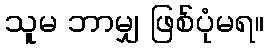
သူမ ဘာမျှ ဖြစ်ပုံမရ။